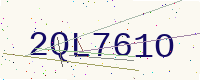
Text: 2QL761O